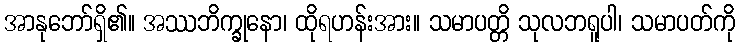
အာနုဘော်ရှိ၏။ အဿဘိက္ခုနော၊ ထိုရဟန်းအား။ သမာပတ္တိ သုလဘရူပါ၊ သမာပတ်ကို